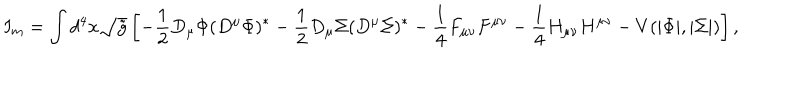
LaTeX: I _ { m } = \int d ^ { 4 } x \sqrt { { \tilde { g } } } \left[ - \frac { 1 } { 2 } D _ { \mu } \Phi ( D ^ { \mu } \Phi ) ^ { * } - \frac { 1 } { 2 } D _ { \mu } \Sigma ( D ^ { \mu } \Sigma ) ^ { * } - \frac { 1 } { 4 } F _ { \mu \nu } F ^ { \mu \nu } - \frac { 1 } { 4 } H _ { \mu \nu } H ^ { \mu \nu } - V ( | \Phi | , | \Sigma | ) \right] ,